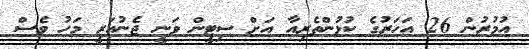
އުމުރުން 26 އަހަރުގެ ކުޅުންތެރިއާ އަށް ސިޓީން ވަނީ ޖެނުއަރީ މަހު ވެސް